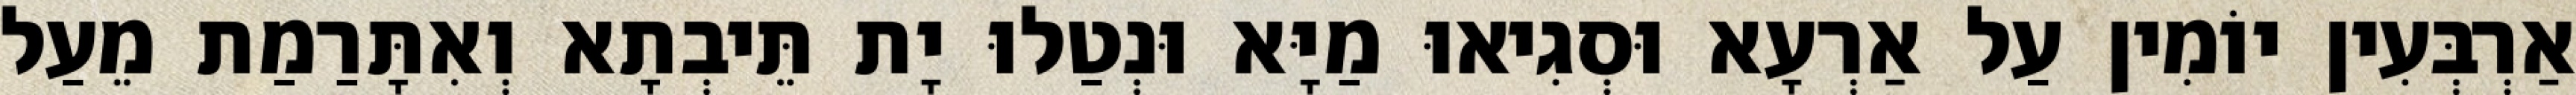
אַרְבְּעִין יוֹמִין עַל אַרְעָא וּסְגִיאוּ מַיָּא וּנְטַלוּ יָת תֵּיבְתָא וְאִתָּרַמַת מֵעַל